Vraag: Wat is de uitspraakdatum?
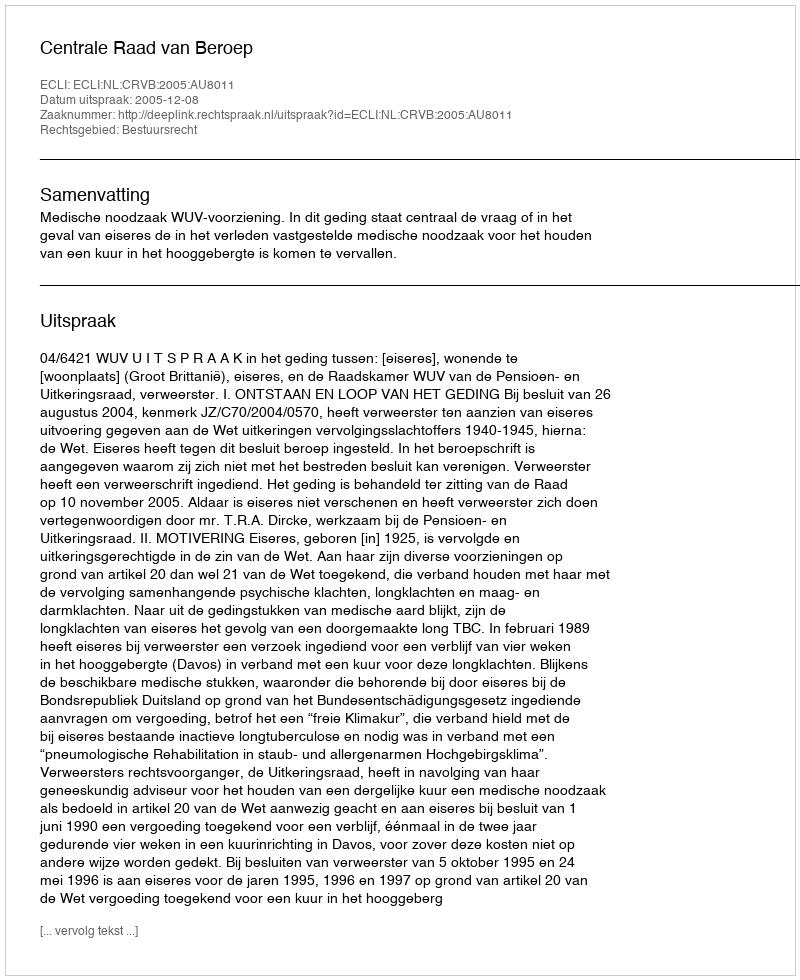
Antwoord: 2005-12-08